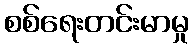
စစ်ရေးတင်းမာမှု